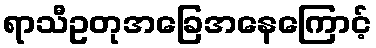
ရာသီဥတုအခြေအနေကြောင့်